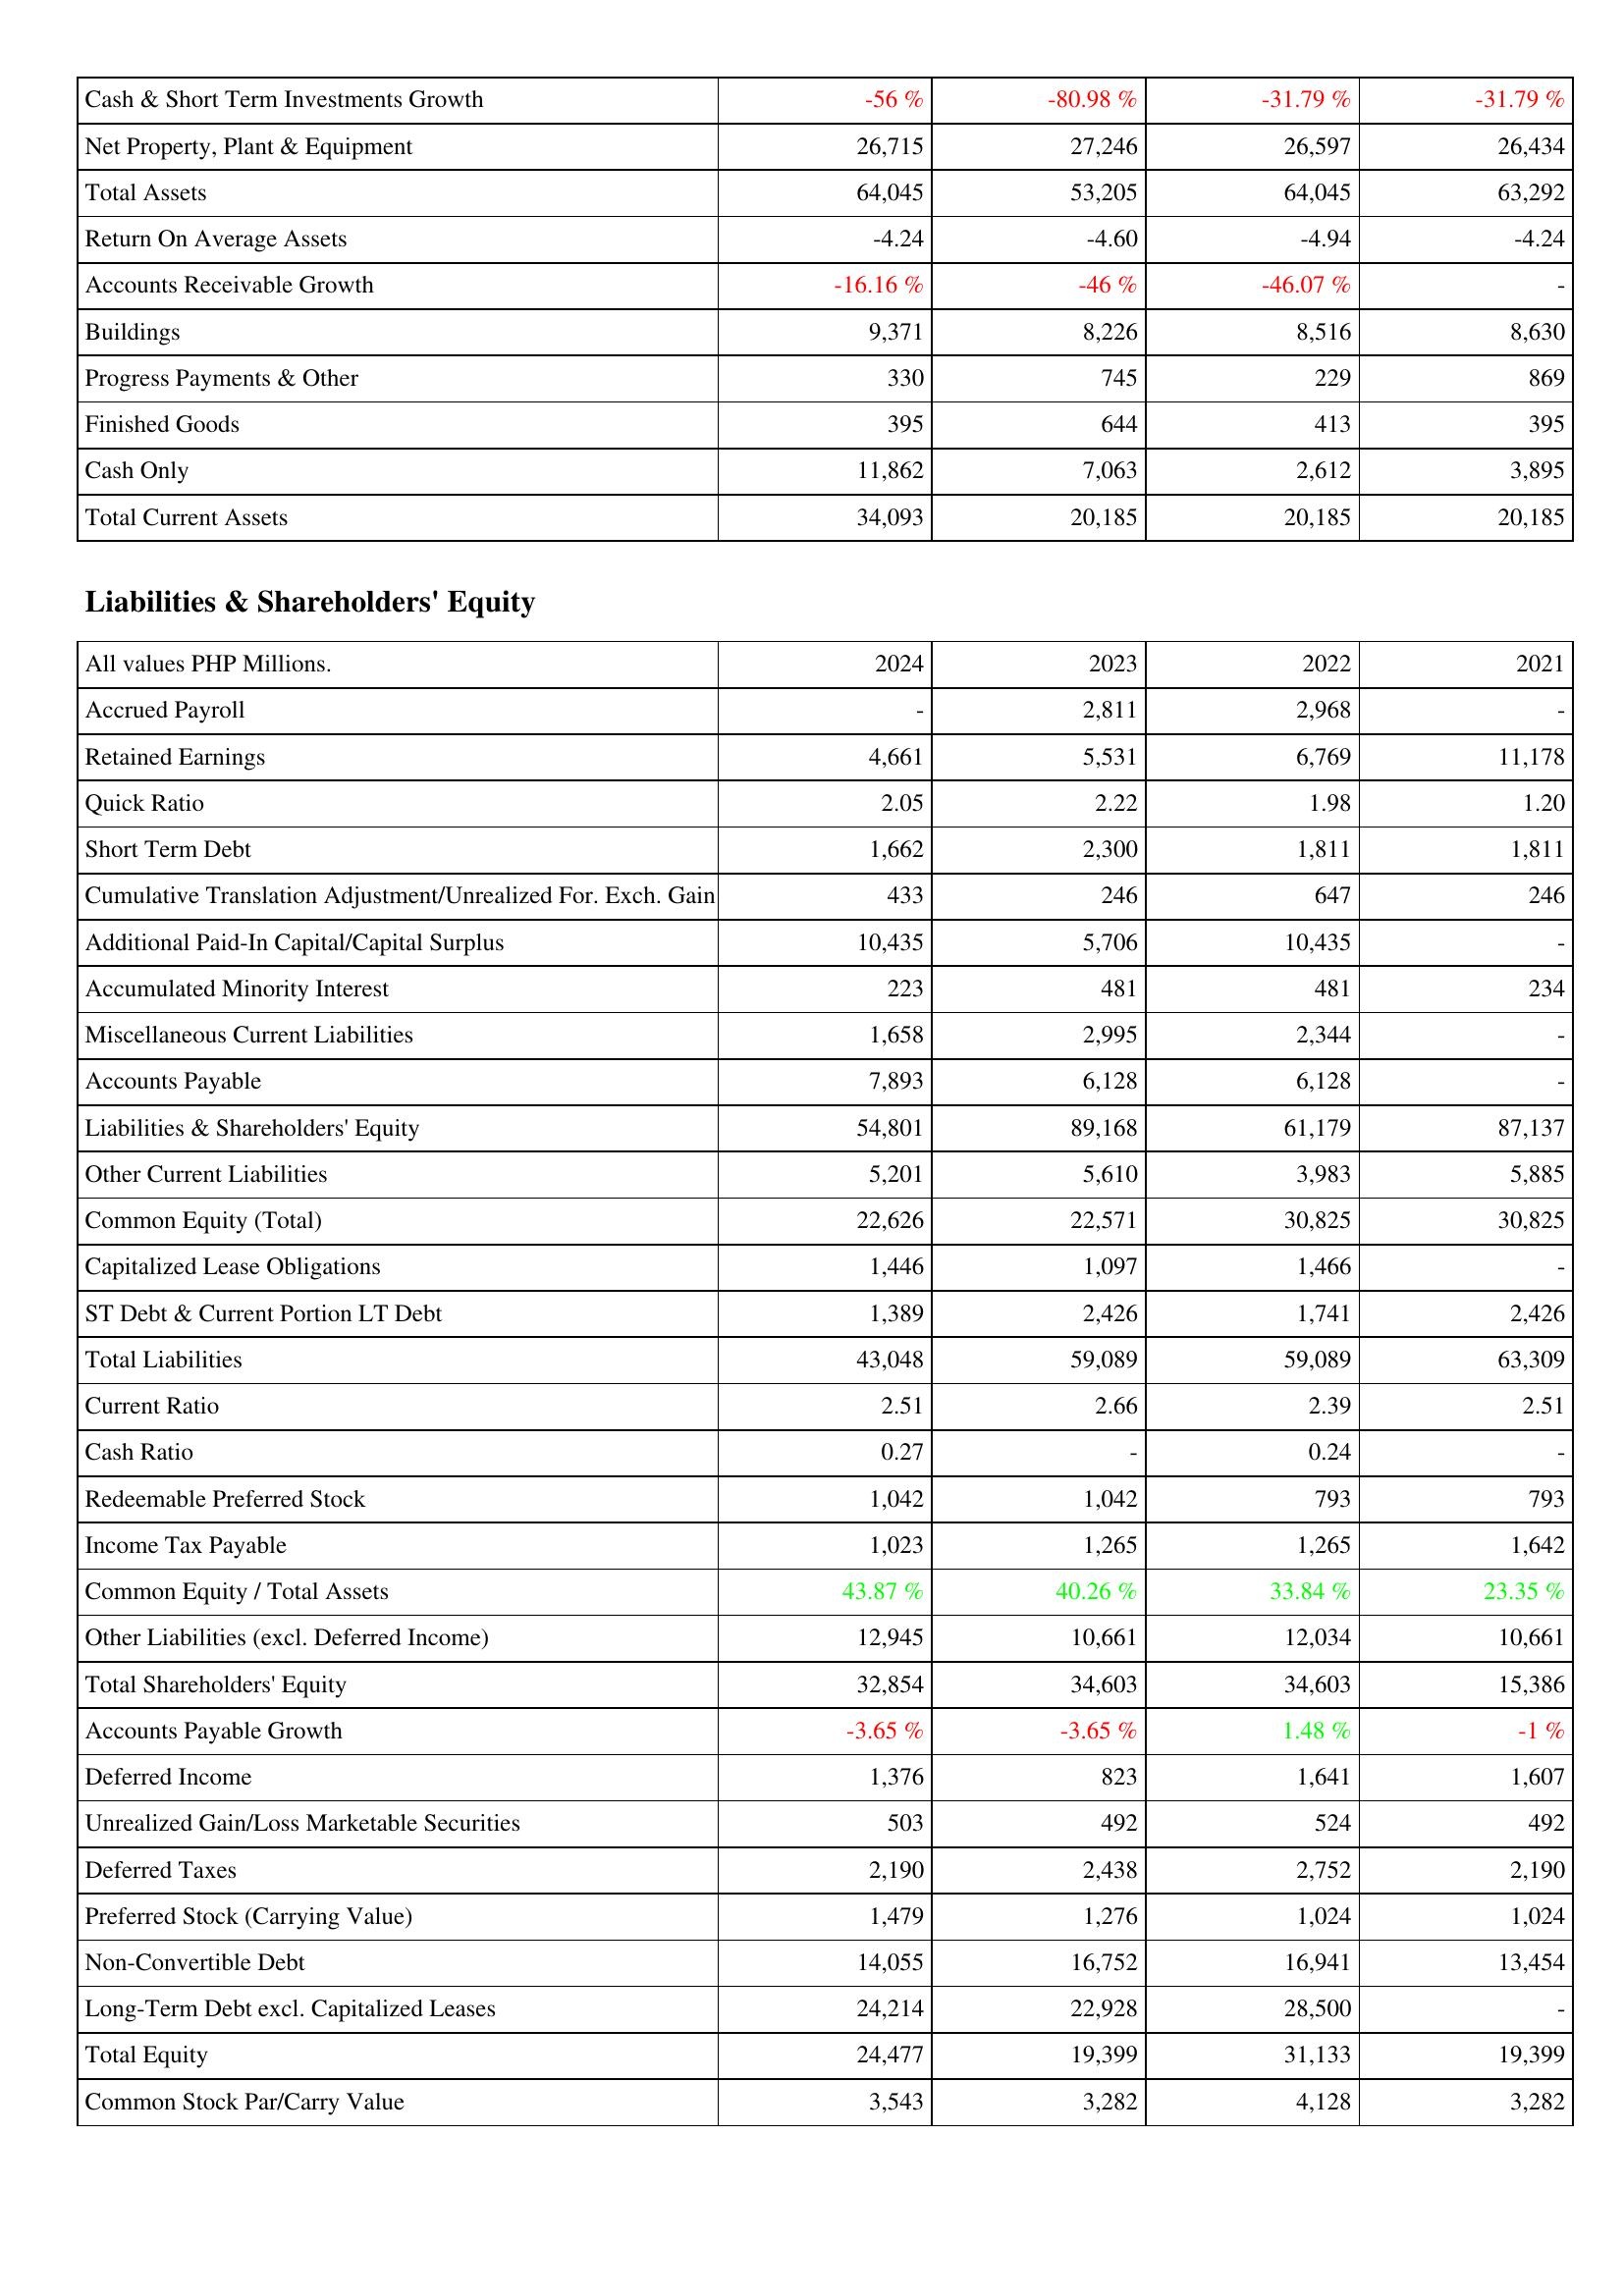
2024: Assets: Cash & Short Term Investments Growth: -56 %
Net Property, Plant & Equipment: 26,715
Total Assets: 64,045
Return On Average Assets: -4.24
Accounts Receivable Growth: -16.16 %
Buildings: 9,371
Progress Payments & Other: 330
Finished Goods: 395
Cash Only: 11,862
Total Current Assets: 34,093
Liabilities & Shareholders' Equity: Accrued Payroll: -
Retained Earnings: 4,661
Quick Ratio: 2.05
Short Term Debt: 1,662
Cumulative Translation Adjustment/Unrealized For. Exch. Gain: 433
Additional Paid-In Capital/Capital Surplus: 10,435
Accumulated Minority Interest: 223
Miscellaneous Current Liabilities: 1,658
Accounts Payable: 7,893
Liabilities & Shareholders' Equity: 54,801
Other Current Liabilities: 5,201
Common Equity (Total): 22,626
Capitalized Lease Obligations: 1,446
ST Debt & Current Portion LT Debt: 1,389
Total Liabilities: 43,048
Current Ratio: 2.51
Cash Ratio: 0.27
Redeemable Preferred Stock: 1,042
Income Tax Payable: 1,023
Common Equity / Total Assets: 43.87 %
Other Liabilities (excl. Deferred Income): 12,945
Total Shareholders' Equity: 32,854
Accounts Payable Growth: -3.65 %
Deferred Income: 1,376
Unrealized Gain/Loss Marketable Securities: 503
Deferred Taxes: 2,190
Preferred Stock (Carrying Value): 1,479
Non-Convertible Debt: 14,055
Long-Term Debt excl. Capitalized Leases: 24,214
Total Equity: 24,477
Common Stock Par/Carry Value: 3,543
2023: Assets: Cash & Short Term Investments Growth: -80.98 %
Net Property, Plant & Equipment: 27,246
Total Assets: 53,205
Return On Average Assets: -4.60
Accounts Receivable Growth: -46 %
Buildings: 8,226
Progress Payments & Other: 745
Finished Goods: 644
Cash Only: 7,063
Total Current Assets: 20,185
Liabilities & Shareholders' Equity: Accrued Payroll: 2,811
Retained Earnings: 5,531
Quick Ratio: 2.22
Short Term Debt: 2,300
Cumulative Translation Adjustment/Unrealized For. Exch. Gain: 246
Additional Paid-In Capital/Capital Surplus: 5,706
Accumulated Minority Interest: 481
Miscellaneous Current Liabilities: 2,995
Accounts Payable: 6,128
Liabilities & Shareholders' Equity: 89,168
Other Current Liabilities: 5,610
Common Equity (Total): 22,571
Capitalized Lease Obligations: 1,097
ST Debt & Current Portion LT Debt: 2,426
Total Liabilities: 59,089
Current Ratio: 2.66
Cash Ratio: -
Redeemable Preferred Stock: 1,042
Income Tax Payable: 1,265
Common Equity / Total Assets: 40.26 %
Other Liabilities (excl. Deferred Income): 10,661
Total Shareholders' Equity: 34,603
Accounts Payable Growth: -3.65 %
Deferred Income: 823
Unrealized Gain/Loss Marketable Securities: 492
Deferred Taxes: 2,438
Preferred Stock (Carrying Value): 1,276
Non-Convertible Debt: 16,752
Long-Term Debt excl. Capitalized Leases: 22,928
Total Equity: 19,399
Common Stock Par/Carry Value: 3,282
2022: Assets: Cash & Short Term Investments Growth: -31.79 %
Net Property, Plant & Equipment: 26,597
Total Assets: 64,045
Return On Average Assets: -4.94
Accounts Receivable Growth: -46.07 %
Buildings: 8,516
Progress Payments & Other: 229
Finished Goods: 413
Cash Only: 2,612
Total Current Assets: 20,185
Liabilities & Shareholders' Equity: Accrued Payroll: 2,968
Retained Earnings: 6,769
Quick Ratio: 1.98
Short Term Debt: 1,811
Cumulative Translation Adjustment/Unrealized For. Exch. Gain: 647
Additional Paid-In Capital/Capital Surplus: 10,435
Accumulated Minority Interest: 481
Miscellaneous Current Liabilities: 2,344
Accounts Payable: 6,128
Liabilities & Shareholders' Equity: 61,179
Other Current Liabilities: 3,983
Common Equity (Total): 30,825
Capitalized Lease Obligations: 1,466
ST Debt & Current Portion LT Debt: 1,741
Total Liabilities: 59,089
Current Ratio: 2.39
Cash Ratio: 0.24
Redeemable Preferred Stock: 793
Income Tax Payable: 1,265
Common Equity / Total Assets: 33.84 %
Other Liabilities (excl. Deferred Income): 12,034
Total Shareholders' Equity: 34,603
Accounts Payable Growth: 1.48 %
Deferred Income: 1,641
Unrealized Gain/Loss Marketable Securities: 524
Deferred Taxes: 2,752
Preferred Stock (Carrying Value): 1,024
Non-Convertible Debt: 16,941
Long-Term Debt excl. Capitalized Leases: 28,500
Total Equity: 31,133
Common Stock Par/Carry Value: 4,128
2021: Assets: Cash & Short Term Investments Growth: -31.79 %
Net Property, Plant & Equipment: 26,434
Total Assets: 63,292
Return On Average Assets: -4.24
Accounts Receivable Growth: -
Buildings: 8,630
Progress Payments & Other: 869
Finished Goods: 395
Cash Only: 3,895
Total Current Assets: 20,185
Liabilities & Shareholders' Equity: Accrued Payroll: -
Retained Earnings: 11,178
Quick Ratio: 1.20
Short Term Debt: 1,811
Cumulative Translation Adjustment/Unrealized For. Exch. Gain: 246
Additional Paid-In Capital/Capital Surplus: -
Accumulated Minority Interest: 234
Miscellaneous Current Liabilities: -
Accounts Payable: -
Liabilities & Shareholders' Equity: 87,137
Other Current Liabilities: 5,885
Common Equity (Total): 30,825
Capitalized Lease Obligations: -
ST Debt & Current Portion LT Debt: 2,426
Total Liabilities: 63,309
Current Ratio: 2.51
Cash Ratio: -
Redeemable Preferred Stock: 793
Income Tax Payable: 1,642
Common Equity / Total Assets: 23.35 %
Other Liabilities (excl. Deferred Income): 10,661
Total Shareholders' Equity: 15,386
Accounts Payable Growth: -1 %
Deferred Income: 1,607
Unrealized Gain/Loss Marketable Securities: 492
Deferred Taxes: 2,190
Preferred Stock (Carrying Value): 1,024
Non-Convertible Debt: 13,454
Long-Term Debt excl. Capitalized Leases: -
Total Equity: 19,399
Common Stock Par/Carry Value: 3,282